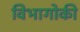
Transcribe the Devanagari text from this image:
विभागोकी